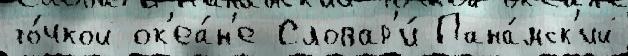
то́чкой ок'еа́н'е Словар'и́ Пана́мск'ий